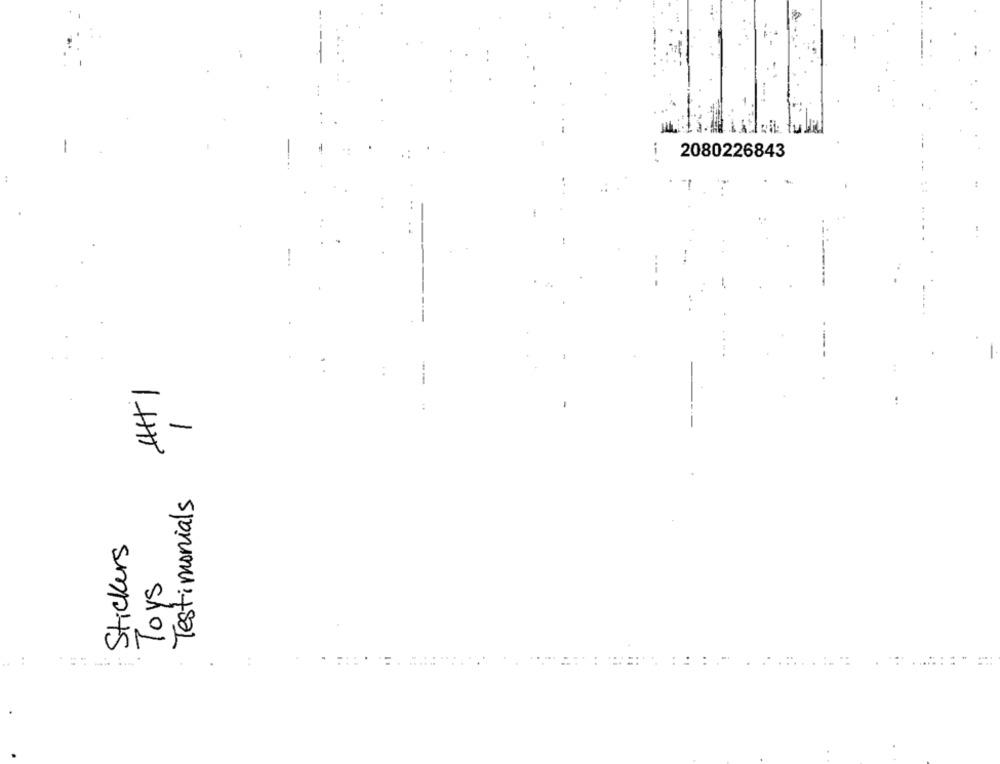
i
2080226843
:
AH+1
-
Testimonials
Stickers
Toys